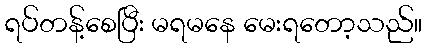
ရပ်တန့်စေပြီး မရမနေ မေးရတော့သည်။